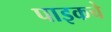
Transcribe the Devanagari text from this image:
पाइकचे